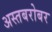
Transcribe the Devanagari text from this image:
अस्तबरोबर